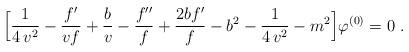
LaTeX: \begin{align*}\Big[{1\over4\,v^2}-{f'\over vf}+{b\over v}-{f''\over f} +{2bf'\over f}-b^2-{1\over4\,v^2}-m^2\Big]\varphi^{(0)}=0~.\end{align*}